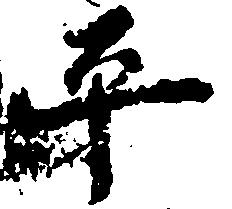
平